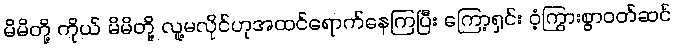
မိမိတို့ ကိုယ် မိမိတို့ လူ့မလိုင်ဟုအထင်ရောက်နေကြပြီး ကြော့ရှင်း ဝံ့ကြွားစွာဝတ်ဆင်